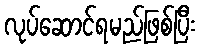
လုပ်ဆောင်ရမည်ဖြစ်ပြီး